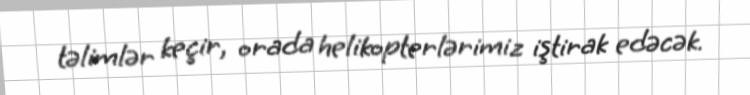
təlimlər keçir, orada helikopterlərimiz iştirak edəcək.